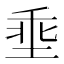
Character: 埀